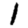
Digit: 1